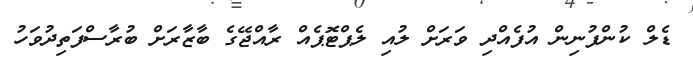
ޑެލް ކުންފުނިން އުފެއްދި ވަރަށް ލުއި ލެޕްޓޮޕެއް ރާއްޖޭގެ ބާޒާރަށް ބުރާސްފަތިދުވަހު